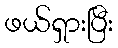
ဖယ်ရှားပြီး